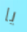
يا